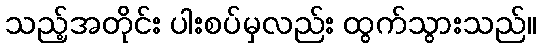
သည့်အတိုင်း ပါးစပ်မှလည်း ထွက်သွားသည်။